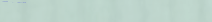
أحدث صيحات الموضة النسائي